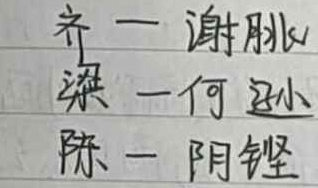
齐—谢朓
梁—何逊
陈—阴铿